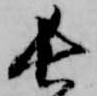
長